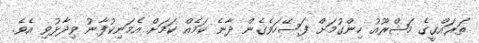
ތަރައްގީގެ މަޝްރޫއު ހިންގުމަށް ފަސޭހަވެގެން ދާނެ ކަމެއް ކަމަށް އެމަނިކުފާނު ވިދާޅުވި އެވެ.